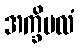
အက္ခိမလံ